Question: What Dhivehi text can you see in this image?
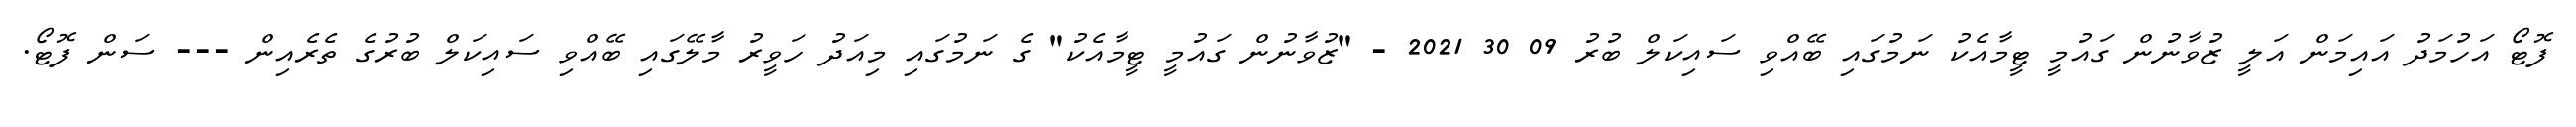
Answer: ފޮޓޯ އަހުމަދު އައިމަން އަލީ ޒުވާނުން ގައުމީ ޓީމާއެކު ނަމުގައި ބޭއްވި ސައިކަލް ބުރު 09 30 2021 - "ޒުވާނުން ގައުމީ ޓީމާއެކު" ގެ ނަމުގައި މިއަދު ހަވީރު މާލޭގައި ބޭއްވި ސައިކަލް ބުރުގެ ތެރެއިން --- ސަން ފޮޓޯ.